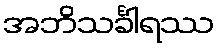
အဘိသင်္ခါရဿ